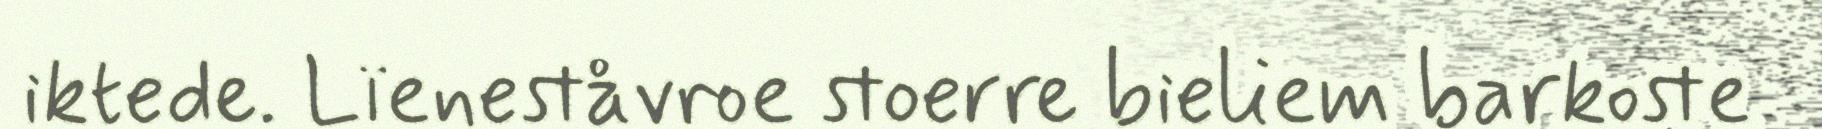
iktede. Lïeneståvroe stoerre bieliem barkoste